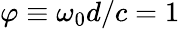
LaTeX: \varphi\equiv\omega_{0}d/c=1